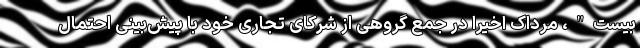
بیست"، مرداک اخیرا در جمع گروهی از شرکای تجاری خود با پیش‌بینی احتمال